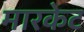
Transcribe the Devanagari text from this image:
मारकेट